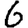
Digit: 6